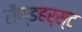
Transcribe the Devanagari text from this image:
सैण्डहर्स्ट